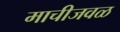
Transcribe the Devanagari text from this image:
माचीजवळ